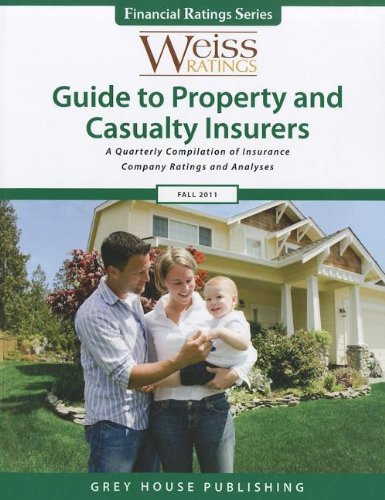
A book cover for Weiss Ratings Guide to Property and Casualty Insurers Fall 2011 (Weiss Ratings Guide to Property & Casualty Insurers); Business & Money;